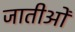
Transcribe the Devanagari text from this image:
जातीओं